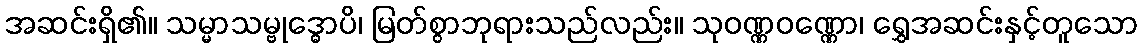
အဆင်းရှိ၏။ သမ္မာသမ္ဗုဒ္ဓောပိ၊ မြတ်စွာဘုရားသည်လည်း။ သုဝဏ္ဏဝဏ္ဏော၊ ရွှေအဆင်းနှင့်တူသော